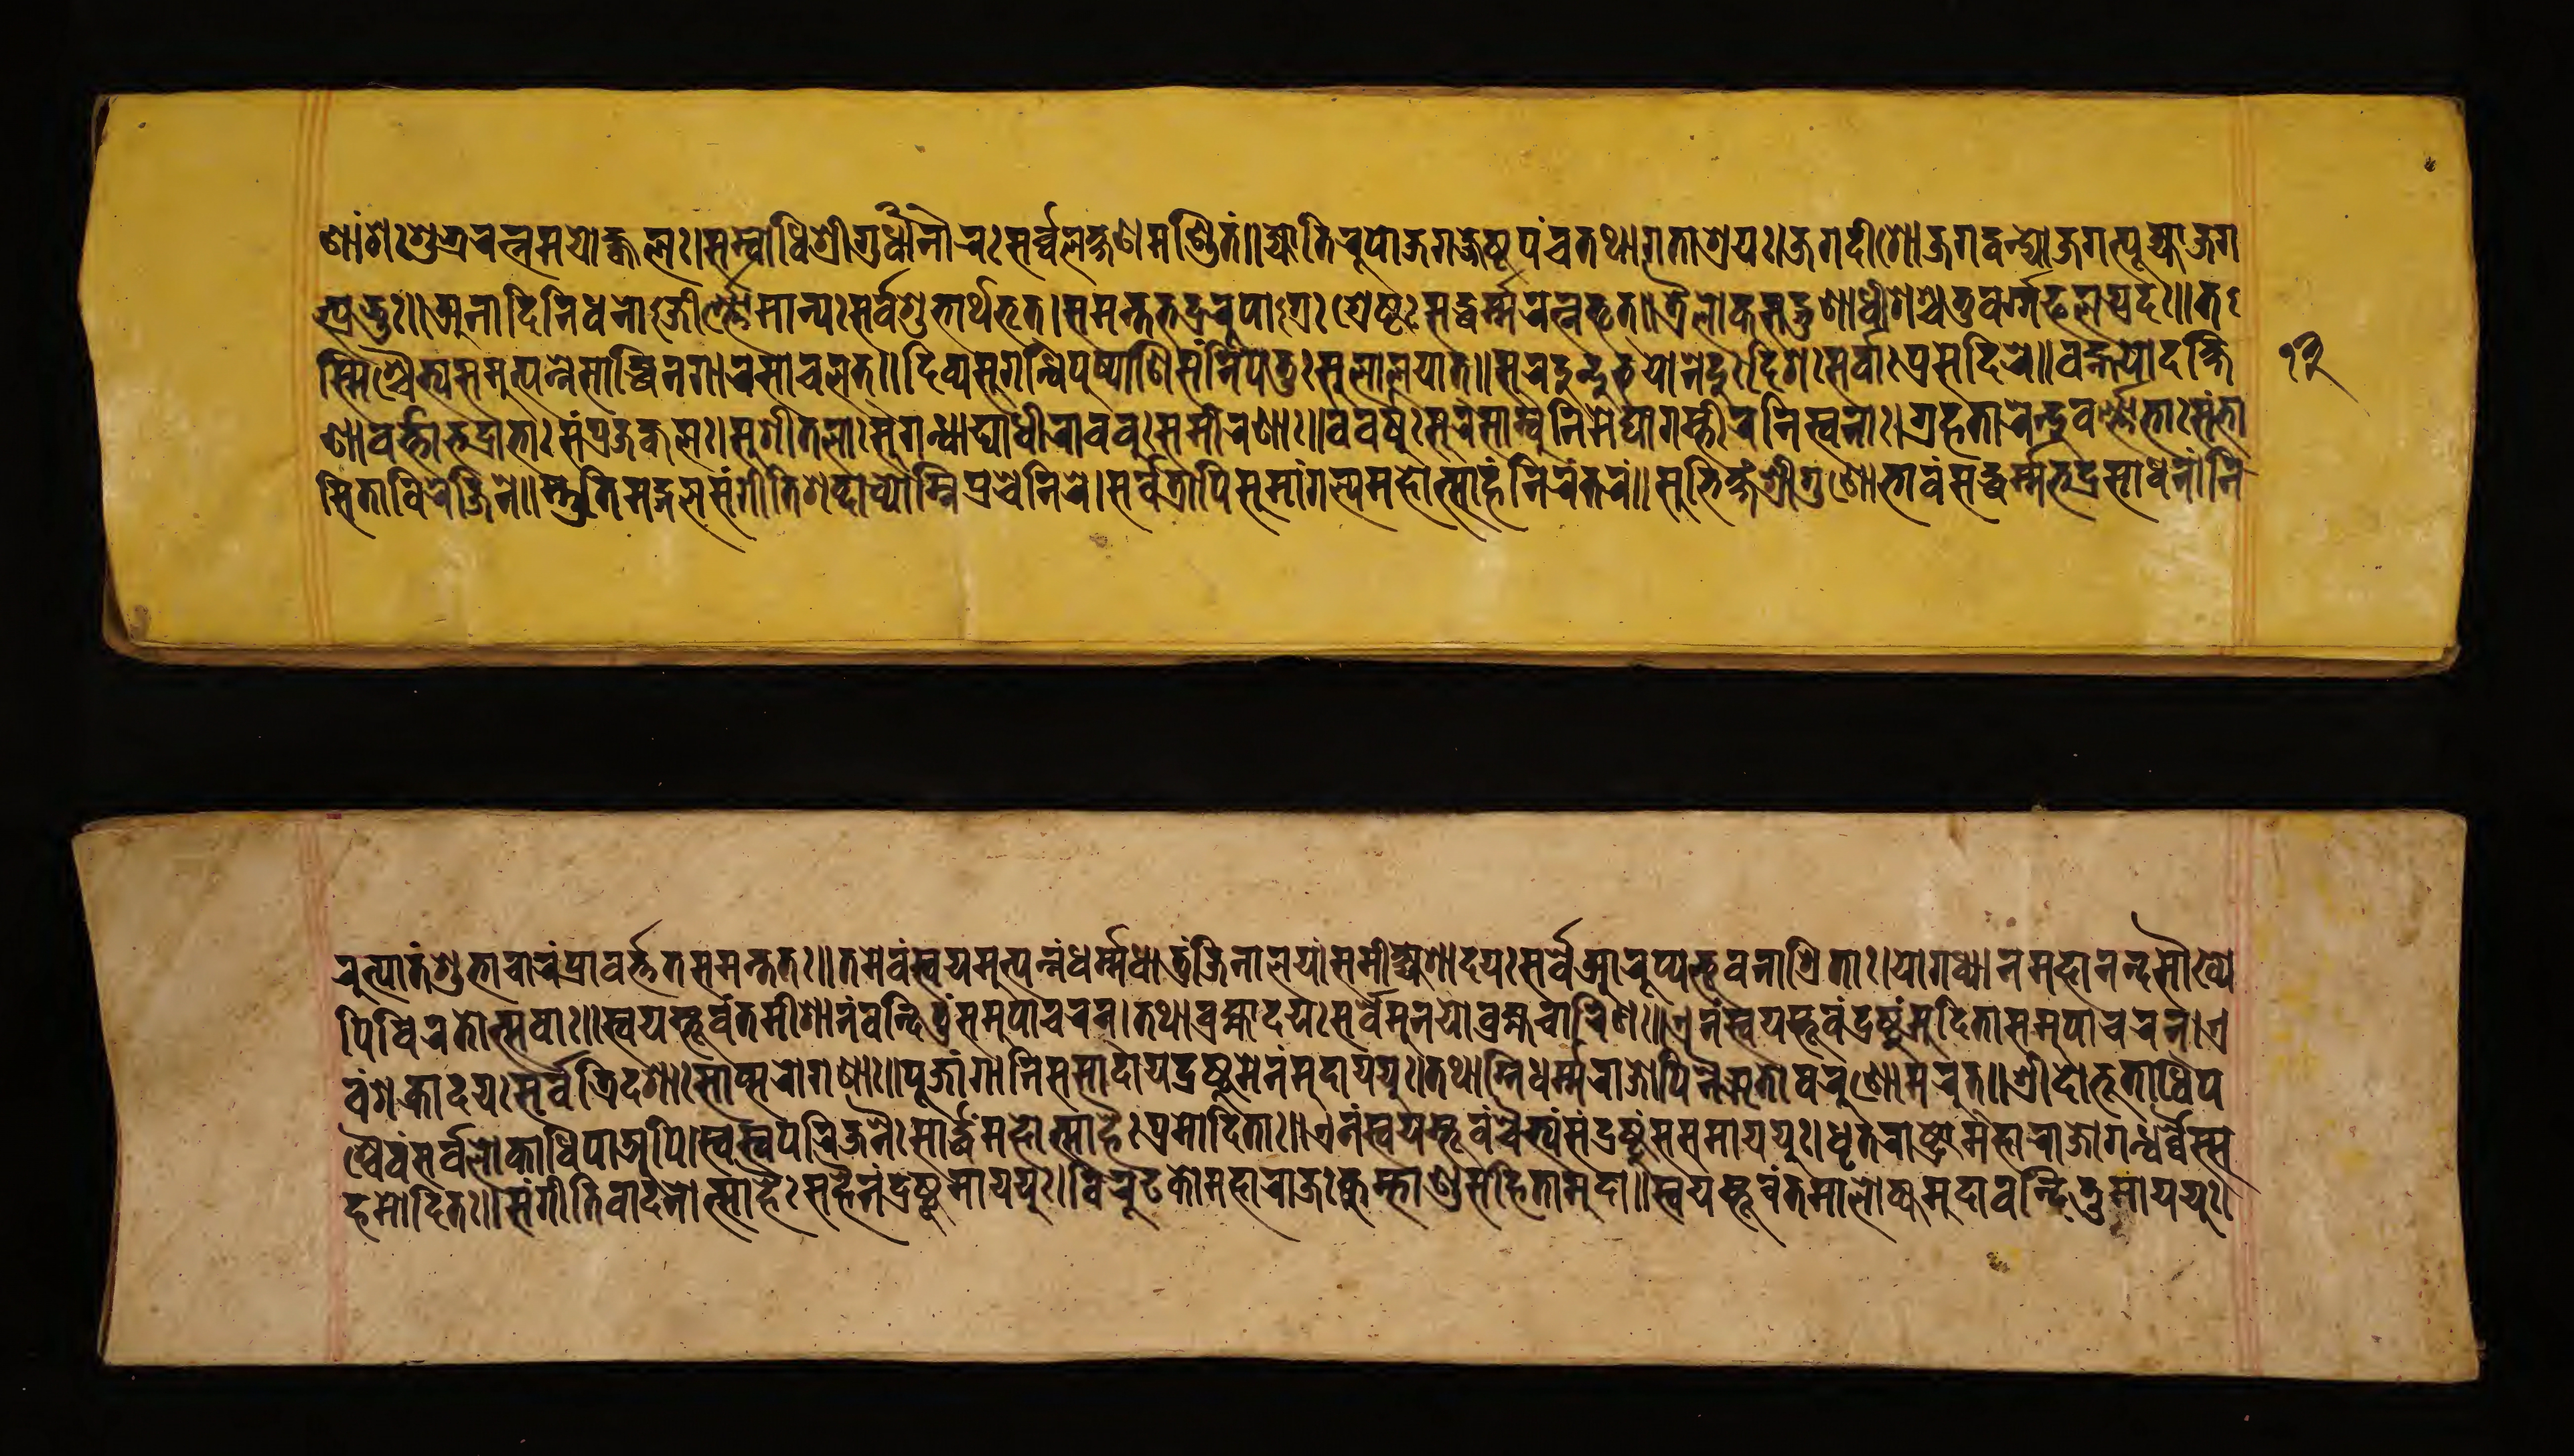
𑐞𑐵𑑄𑐱𑐸𑑅𑐱𑐸𑐨𑑂𑐬𑐬𑐟𑑂𑐣𑐩𑐫𑑀𑐖𑑂𑐖𑑂𑐰𑐮𑑅।𑐳𑐩𑑂𑐧𑑀𑐢𑐶𑐱𑑂𑐬𑐷𑐐𑐸𑐬𑑂𑐢𑐵𑐣𑑀𑐬𑑅𑐳𑐬𑑂𑐰𑑂𑐰𑐮𑐎𑑂𑐲𑐞𑐩𑐞𑑂𑐜𑐶𑐟𑑅॥𑐖𑑂𑐫𑑀𑐟𑐶𑐬𑐹𑐥𑑀𑐖𑐐𑐖𑑂𑐖𑐾𑐲𑑂𑐛𑐥𑑄𑐔𑐟𑐠𑐵𑐐𑐟𑐵𑐱𑑂𑐬𑐫𑑅।𑐖𑐐𑐡𑐷𑐱𑑀𑐖𑐐𑐟𑑂𑐰𑐣𑑂𑐡𑑂𑐫𑑀𑐖𑐐𑐟𑑂𑐥𑐹𑐖𑑂𑐫𑑀𑐖𑐐 𑐟𑑂𑐥𑑂𑐬𑐨𑐸𑑅॥𑐀𑐣𑐵𑐡𑐶𑐣𑐶𑐢𑐣𑑀𑑇𑐖𑐷𑐬𑑂𑐞𑑂𑐞𑑀𑐩𑐵𑐣𑑂𑐫𑑅𑐳𑐬𑑂𑐰𑐱𑐸𑐨𑐵𑐬𑑂𑐠𑐨𑐺𑐟𑑂।𑐳𑐩𑐣𑑂𑐟𑐨𑐡𑑂𑐬𑐬𑐹𑐥𑑀𑑇𑐐𑑂𑐬𑑅𑐱𑑂𑐬𑐾𑐲𑑂𑐛𑑅𑐳𑐡𑑂𑐢𑐬𑑂𑐩𑑂𑐩𑐬𑐟𑑂𑐣𑐨𑐺𑐟𑑂॥𑐟𑑂𑐬𑐿𑐮𑑀𑐎𑑂𑐫𑐳𑐡𑑂𑐐𑐸𑐞𑐵𑐢𑐷𑐱𑐱𑑂𑐔𑐟𑐸𑐬𑑂𑐰𑐬𑑂𑐐𑑂𑐐𑐦𑐮𑐥𑑂𑐬𑐡𑑅॥𑐟 𑐳𑑂𑐩𑐶𑑄𑐱𑑂𑐔𑐿𑐟𑑂𑐫𑐳𑐩𑐸𑐟𑑂𑐥𑐣𑑂𑐣𑐾𑐳𑐵𑐰𑑂𑐢𑐶𑐣𑐐𑐵𑐬𑐳𑐵𑐔𑐮𑐟𑑂॥𑐡𑐶𑐰𑑂𑐫𑐳𑐸𑐐𑐣𑑂𑐢𑐶𑐥𑐸𑐲𑑂𑐥𑐵𑐞𑐶𑐳𑑄𑐣𑐶𑐥𑐾𑐟𑐸𑑅𑐳𑐸𑐮𑐵𑐮𑐫𑐵𑐟𑑂॥𑐳𑐸𑐬𑐡𑐸𑐣𑑂𑐡𑐸𑐨𑐫𑑀𑐣𑐾𑐡𑐸𑑅𑐡𑐶𑐱𑑅𑐳𑐬𑑂𑐰𑐵𑑅𑐥𑑂𑐬𑐳𑐾𑐡𑐶𑐬𑐾॥𑐰𑐴𑑂𑐣𑐫𑑀𑐡𑐎𑑂𑐲𑐶 𑐞𑐵𑐰𑐬𑑂𑐟𑑂𑐟𑐵𑐨𑐡𑑂𑐬𑐵𑐨𑐵𑑅𑐳𑑄𑐥𑑂𑐬𑐖𑐴𑑂𑐰𑐮𑑅।𑐳𑐸𑐱𑐷𑐟𑐮𑐵𑑅𑐳𑐸𑐐𑐣𑑂𑐢𑑂𑐫𑐵𑐡𑑂𑐫𑐵𑐢𑐷𑐬𑑄𑐰𑐰𑐸𑑅𑐳𑐩𑐷𑐬𑐞𑐵𑑅॥𑐰𑐰𑐬𑑂𑐲𑐸𑑅𑐳𑐸𑐬𑐳𑐵𑐩𑑂𑐧𑐹𑐣𑐶𑐩𑐾𑐑𑐵𑐐𑐩𑑂𑐨𑐷𑐬𑐣𑐶𑐳𑑂𑐰𑐣𑐵𑑅।𑐐𑑂𑐬𑐴𑐟𑐵𑐬𑐾𑐣𑑂𑐡𑐸𑐔𑐣𑑂𑐡𑑂𑐬𑐵𑐨𑐵𑑅𑐳𑐨𑐵 𑐳𑐶𑐟𑐵𑐰𑐶𑐬𑐾𑐖𑐶𑐬𑐾॥𑐳𑑂𑐟𑐸𑐟𑐶𑐩𑐒𑑂𑐐𑐮𑐳𑑄𑐐𑐷𑐟𑐶𑐱𑐧𑑂𑐡𑐵𑐰𑑂𑐫𑑀𑐩𑑂𑐣𑐶𑐥𑑂𑐬𑐔𑐾𑐣𑐶𑐬𑐾।𑐳𑐬𑑂𑐰𑐟𑑂𑐬𑐵𑐥𑐶𑐳𑐸𑐩𑐵𑐒𑑂𑐐𑐮𑑂𑐫𑐩𑐴𑑀𑐟𑑂𑐳𑐵𑐴𑑄𑐣𑐶𑐬𑐣𑑂𑐟𑐬𑑄॥𑐳𑐸𑐨𑐶𑐎𑑂𑐲𑑄𑐱𑑂𑐬𑐷𑐐𑐸𑐞𑑀𑐬𑑂𑐨𑐵𑐰𑑄𑐳𑐡𑑂𑐢𑐬𑑂𑐩𑑂𑐩𑐨𑐡𑑂𑐬𑐳𑐵𑐢𑐣𑑄।𑐣𑐶 𑐬𑐸𑐟𑑂𑐥𑐵𑐟𑑄𑐱𑐸𑐨𑐵𑐔𑐵𑐬𑑄𑐥𑑂𑐬𑐵𑐰𑐬𑑂𑐟𑑂𑐟𑐟𑐳𑐩𑐣𑑂𑐟𑐟𑑅॥𑐟𑐩𑐾𑐰𑑄𑐳𑑂𑐰𑐫𑐩𑑂𑐨𑐹𑐟𑑂𑐥𑐣𑑂𑐣𑑄𑐢𑐬𑑂𑐩𑑂𑐩𑐢𑐵𑐟𑐸𑑄𑐖𑐶𑐣𑐵𑐮𑐫𑑄𑐳𑐩𑐷𑐎𑑂𑐲𑑂𑐫𑐾𑐱𑐵𑐡𑐫𑑅𑐳𑐬𑑂𑐰𑐾𑐁𑐬𑐸𑐥𑑂𑐫𑐨𑐸𑐰𑐣𑐵𑐱𑑂𑐬𑐶𑐟𑐵𑑅।𑐫𑑀𑐐𑐢𑑂𑐫𑐵𑐣𑐩𑐴𑐵𑐣𑐣𑑂𑐡𑐳𑑁𑐏𑑂𑐫𑐾 𑐥𑐶𑐰𑐶𑐬𑐟𑑀𑐟𑑂𑐳𑐰𑐵𑑅॥𑐳𑑂𑐰𑐫𑐩𑑂𑐨𑐸𑐰𑑄𑐟𑐩𑐷𑐱𑐵𑐣𑑄𑐰𑐣𑑂𑐡𑐶𑐟𑐸𑑄𑐳𑐩𑐸𑐥𑐵𑐔𑐬𑐣𑑂।𑐟𑐠𑐵𑐧𑑂𑐬𑐴𑑂𑐩𑐵𑐡𑐫𑑅𑐳𑐬𑑂𑐰𑐾𑐩𑐸𑐣𑐫𑑀𑐧𑑂𑐬𑐴𑑂𑐩𑐔𑐵𑐬𑐶𑐞𑑅॥𑐊𑐰𑑄𑐳𑑂𑐰𑐫𑐩𑑂𑐨𑐸𑐰𑑄𑐡𑑂𑐬𑐲𑑂𑐚𑐸𑑄𑐩𑐸𑐡𑐶𑐟𑐵𑐳𑐩𑐸𑐥𑐵𑐔𑐬𑐣𑑂।𑐊 𑐰𑑄𑐱𑐎𑑂𑐬𑐵𑐡𑐫𑑅𑐳𑐬𑑂𑐰𑐾𑐟𑑂𑐬𑐶𑐡𑐱𑐵𑑅𑐳𑐵𑐥𑑂𑐳𑐬𑑀𑐐𑐞𑐵𑑅॥𑐥𑐹𑐖𑐵𑐒𑑂𑐐𑐵𑐣𑐶𑐳𑐩𑐵𑐡𑐵𑐫𑐡𑑂𑐬𑐲𑑂𑐚𑐸𑐩𑐾𑐣𑑄𑐩𑐸𑐡𑐵𑐫𑐫𑐸𑑅।𑐟𑐠𑐵𑐐𑑂𑐣𑐶𑐢𑐬𑑂𑐩𑐬𑐵𑐖𑑀𑐥𑐶𑐣𑐿𑐆𑐟𑑀𑐰𑐬𑐸𑐞𑑀𑐩𑐬𑐸𑐟𑑂॥𑐱𑑂𑐬𑐷𑐡𑑀𑐨𑐹𑐟𑐵𑐢𑐶𑐥 𑐱𑑂𑐔𑐿𑐰𑑄𑐳𑐬𑑂𑐰𑐾𑐮𑑀𑐎𑐵𑐢𑐶𑐥𑐵𑐀𑐥𑐶।𑐳𑑂𑐰𑐳𑑂𑐰𑐥𑐬𑐶𑐖𑐣𑐿𑑅𑐳𑐵𑐬𑑂𑐡𑑂𑐢𑑄𑐩𑐴𑑀𑐟𑑂𑐳𑐵𑐴𑐿𑑅𑐥𑑂𑐬𑐩𑑀𑐡𑐶𑐟𑐵𑑅॥𑐊𑐰𑑄𑐳𑑂𑐰𑐫𑐩𑑂𑐨𑐸𑐰𑑄𑐔𑐿𑐟𑑂𑐫𑑄𑐳𑑄𑐡𑑂𑐬𑐲𑑂𑐚𑐸𑑄𑐳𑐩𑐸𑐥𑐵𑐫𑐫𑐸𑑅।𑐢𑐺𑐟𑐬𑐵𑐲𑑂𑐚𑑂𑐬𑑀𑐩𑐴𑐵𑐬𑐵𑐖𑑀𑐐𑐣𑑂𑐢𑐬𑑂𑐰𑐿𑑅𑐳𑑂𑐳 𑐴𑐩𑑀𑐡𑐶𑐟𑑅॥𑐳𑑄𑐐𑐷𑐟𑐶𑐰𑐵𑐡𑐣𑑀𑐟𑑂𑐳𑐵𑐴𑐿𑑅𑐳𑐴𑐿𑐣𑑄𑐡𑑂𑐬𑐲𑑂𑐚𑐸𑐩𑐵𑐫𑐫𑐸𑑅।𑐰𑐶𑐬𑐸𑐝𑐎𑑀𑐩𑐴𑐵𑐬𑐵𑐖𑑅𑐎𑐸𑐩𑑂𑐨𑐵𑐞𑑂𑐜𑐳𑐴𑐶𑐟𑐵𑐩𑐸𑐡𑐵॥𑐳𑑂𑐰𑐫𑐩𑑂𑐨𑐸𑐰𑑄𑐟𑐩𑐵𑐮𑑀𑐎𑑂𑐫𑐩𑐸𑐡𑐵𑐰𑐣𑑂𑐡𑐶𑐟𑐸𑐩𑐵𑐫𑐫𑐸𑑅। 𑑑𑑓